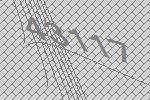
43117